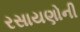
રસાયણોની